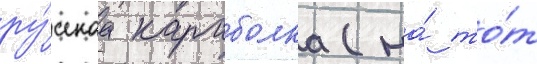
ру́сскаа караболка (на́ то́т